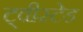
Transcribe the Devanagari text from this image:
ट्वीस्टेड